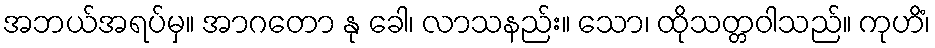
အဘယ်အရပ်မှ။ အာဂတော နု ခေါ၊ လာသနည်း။ သော၊ ထိုသတ္တဝါသည်။ ကုဟိံ၊